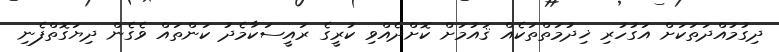
ދިގުމުއްދަތަކަށް އަގުހުރި ޚިދުމަތްތަކެއް ޤައުމަށް ކޮށްދެއްވި ކުރީގެ ރައީސަކާމެދު ކަންތައް ވެގެން ދިޔަގޮތްފެނި